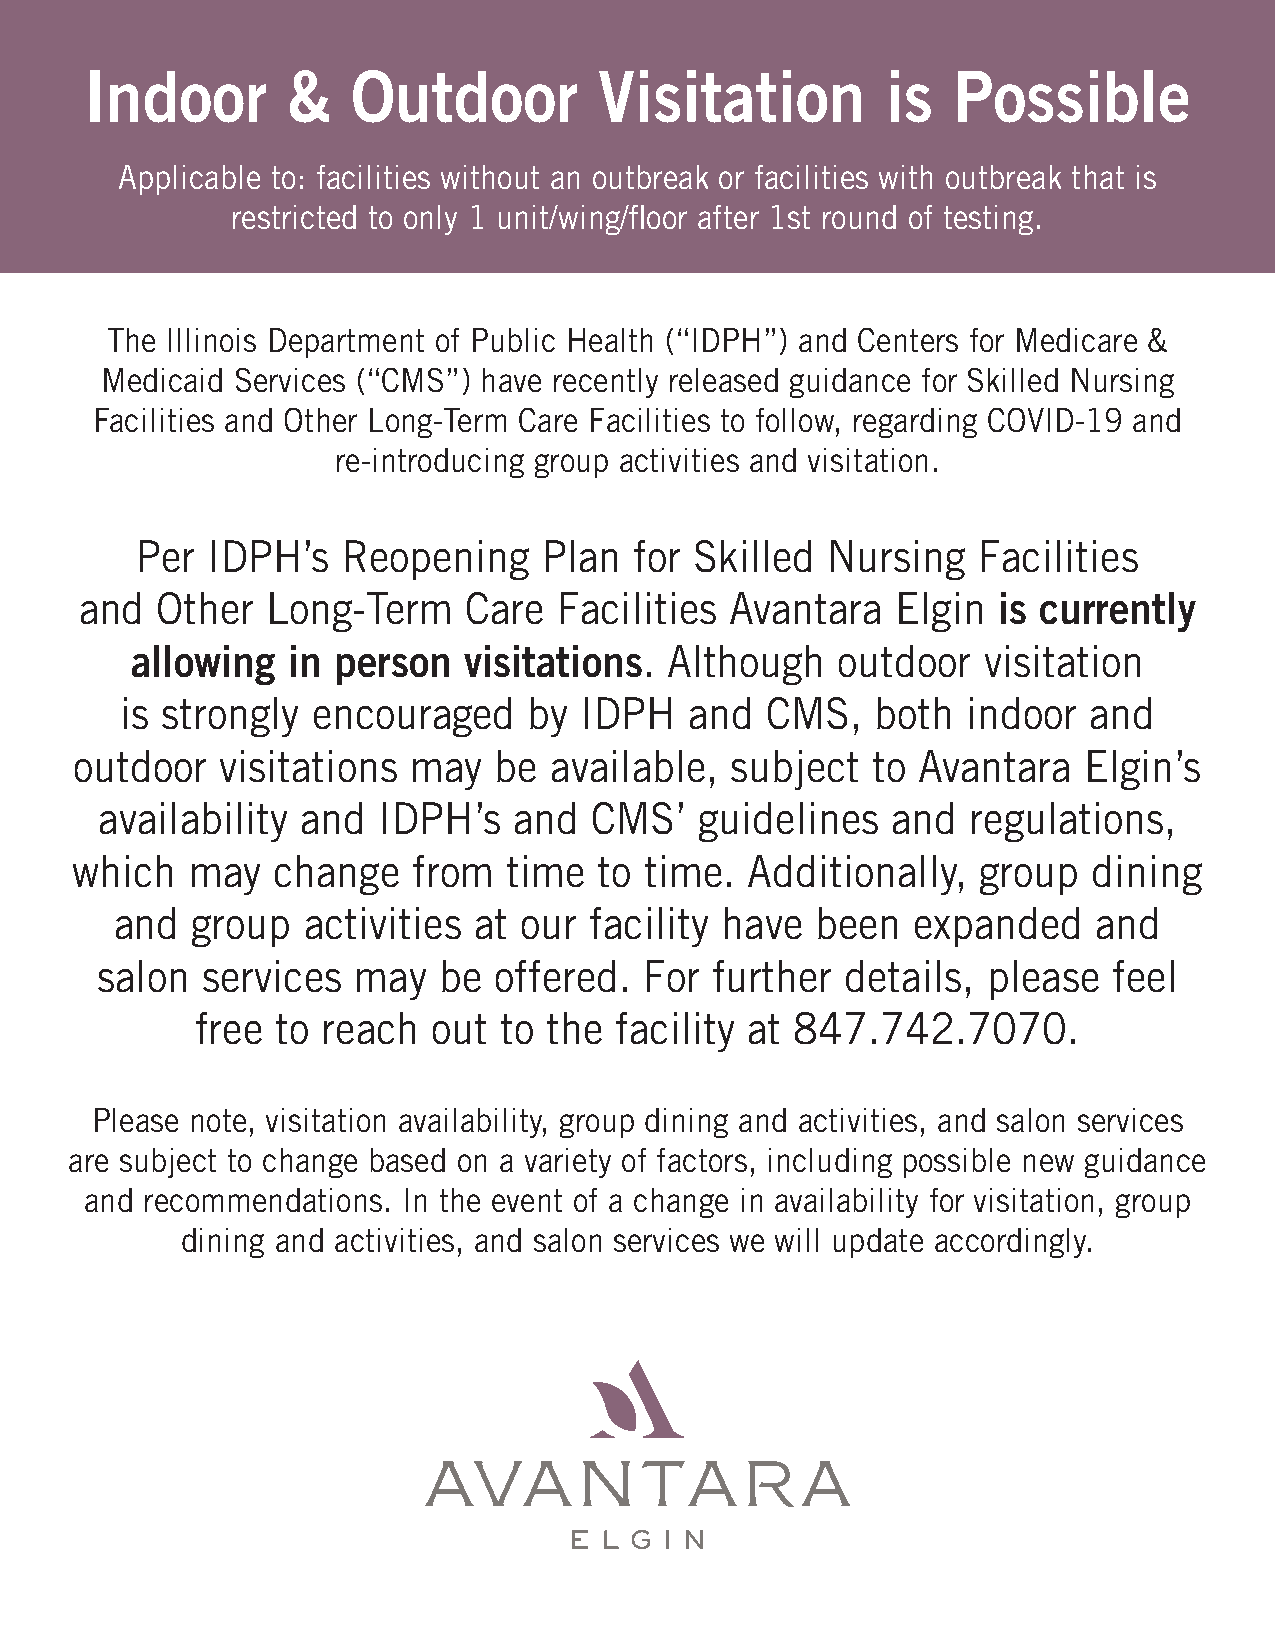
Indoor       &   Outdoor          Visitation         is  Possible
 Applicable to: facilities without an outbreak or facilities with outbreak that is
 restricted to only 1 unit/wing/floor after 1st round of testing.
 The Illinois Department of Public Health (“IDPH”) and Centers for Medicare &
 Medicaid Services (“CMS”) have recently released guidance for Skilled Nursing
 Facilities and Other Long-Term Care Facilities to follow, regarding COVID-19 and
 re-introducing group activities and visitation.
 Per  IDPH’s   Reopening    Plan  for Skilled  Nursing   Facilities
 and  Other   Long-Term    Care  Facilities Avantara   Elgin  is currently
 allowing  in person   visitations. Although   outdoor   visitation
 is strongly  encouraged    by IDPH    and  CMS,   both  indoor  and
 outdoor   visitations may   be available,  subject   to Avantara   Elgin’s
 availability and  IDPH’s   and  CMS’   guidelines   and  regulations,
 which  may   change   from   time  to time.  Additionally,  group  dining
 and  group  activities at our  facility have  been  expanded     and
 salon  services  may   be  offered.  For further  details, please   feel
 free to reach   out to the  facility at 847.742.7070.
 Please note, visitation availability, group dining and activities, and salon services
 are subject to change based on a variety of factors, including possible new guidance
 and recommendations. In the event of a change in availability for visitation, group
 dining and activities, and salon services we will update accordingly.